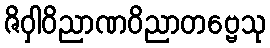
ဇိဝှါဝိညာဏဝိညာတဗ္ဗေသု